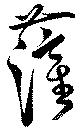
薩